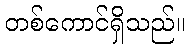
တစ်ကောင်ရှိသည်။